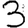
Digit: 3